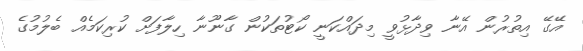
އޭގޭ އިތުރުން އޭނާ ވިދާޅުވީ މިދައްކަނީ ކޯޓުތަކުން ގާނޫނާ ހިލާފަށް ކުރިކަމެއް ބެލުމުގެ